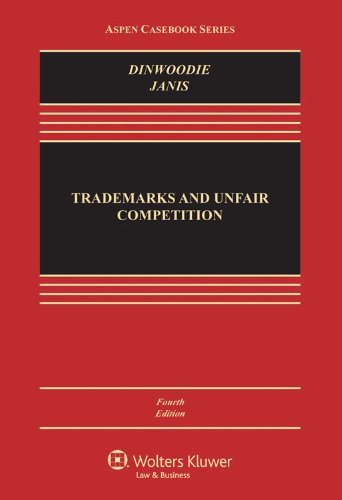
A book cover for Trademarks and Unfair Competition; Law and Policy, Fourth Edition (Aspen Casebooks); Graeme B. Dinwoodie; Law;